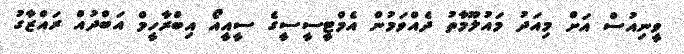
ވީނިއުސް އަށް މިއަދު މައުލޫމާތު ދެއްވަމުން އެމްޓީސީސީގެ ސީއީއޯ އިބްރާހީމް އަބްދުއް ރައްޒާގު